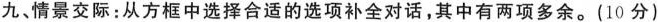
九、情景交际:从方框中选择合适的选项补全对话,其中有两项多余.(10 分)